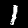
Label: 1